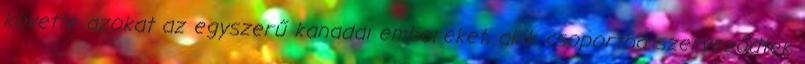
követte azokat az egyszerű kanadai embereket, akik csoportba szerveződtek